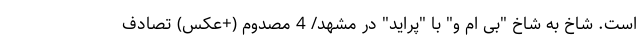
است. شاخ به شاخ "بی ام و" با "پراید" در مشهد/ 4 مصدوم (+عکس) تصادف